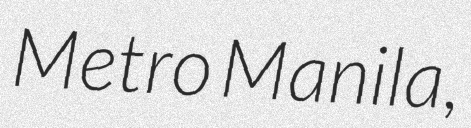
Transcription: Metro Manila,